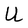
Character: U